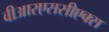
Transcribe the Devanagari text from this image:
वीआरएससीएक्स